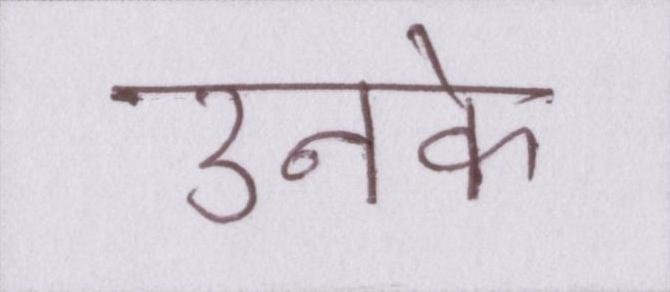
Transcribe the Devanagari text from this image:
उनके